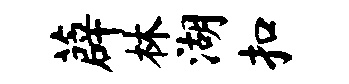
薜林湖扣